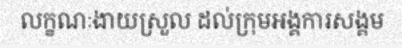
លក្ខណៈងាយស្រួល ដល់ក្រុមអង្គការសង្គម